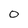
Character: 0